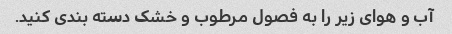
آب و هوای زیر را به فصول مرطوب و خشک دسته بندی کنید.